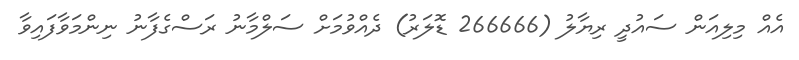
އެެއް މިލިއަން ސައުދީ ރިޔާލު (266666 ޑޮލަރު) ދެއްވުމަށް ސަލްމާނު ރަސްގެފާނު ނިންމަވާފައިވާ